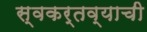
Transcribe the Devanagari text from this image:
स्वकर्तव्याची